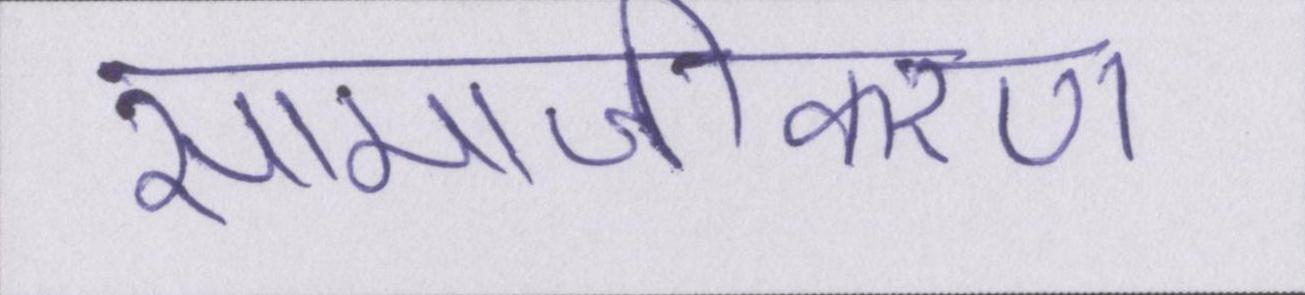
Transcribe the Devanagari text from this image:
सामाजीकरण